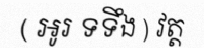
( អូរ ទទឹង ) វត្ត